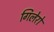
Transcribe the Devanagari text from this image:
गिलेरो